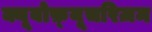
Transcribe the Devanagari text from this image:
क्यूबोफ़्यूचरिज़म